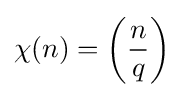
\chi (n)=\left({\frac {n}{q}}\right)